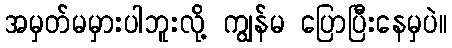
အမှတ်မမှားပါဘူးလို့ ကျွန်မ ပြောပြီးနေမှပဲ။